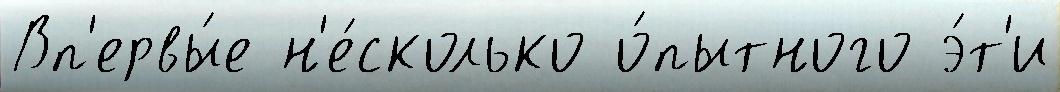
Вп'ервы́е н'е́сколько о́пытного э́т'и